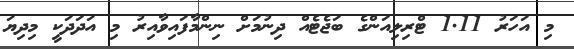
މި އަހަރު 1.11 ޓްރިލިއަންގެ ބަޖެޓެއް ދިނުމަށް ނިންމާފައިވާއިރު މި އަދަދަކީ މިދިޔަ